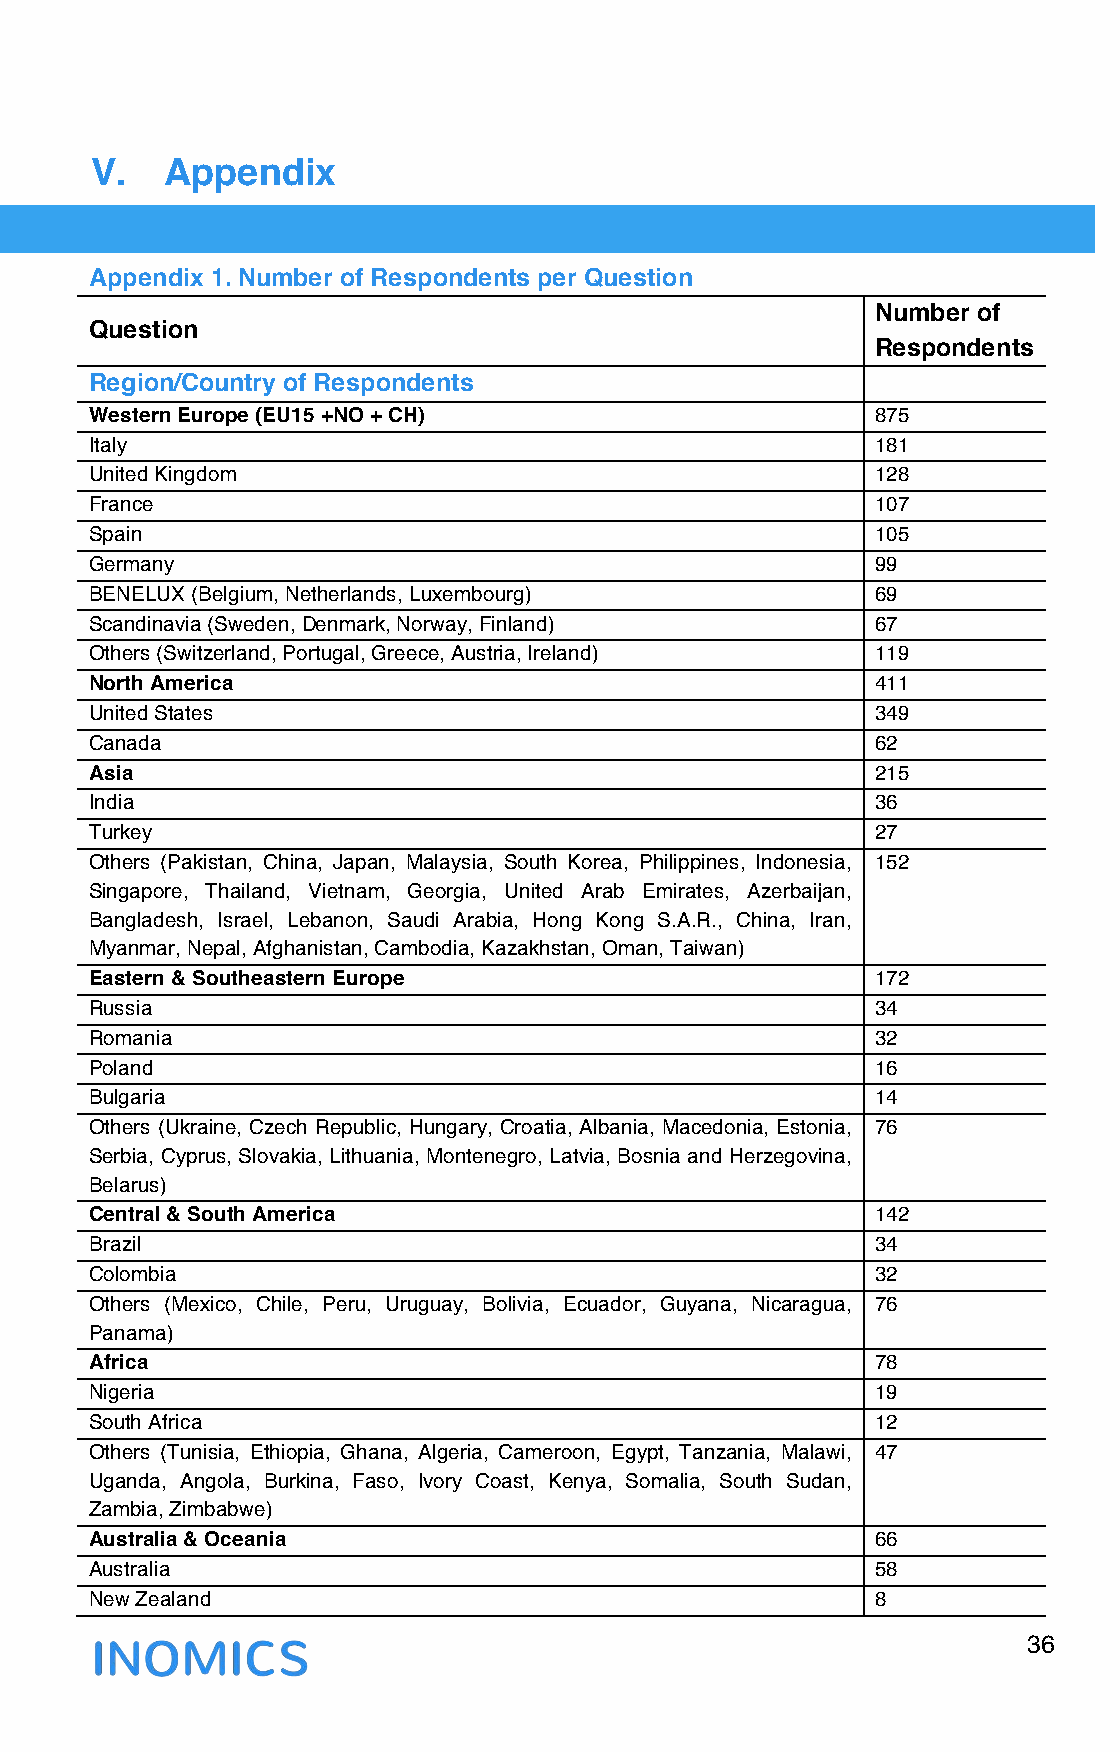
V.   Appendix
 Appendix 1. Number of Respondents per Question
 Number of
 Question
 Respondents
 Region/Country of Respondents
 Western Europe (EU15 +NO + CH)                      875
 Italy                                               181
 United Kingdom                                      128
 France                                              107
 Spain                                               105
 Germany                                             99
 BENELUX (Belgium, Netherlands, Luxembourg)          69
 Scandinavia (Sweden, Denmark, Norway, Finland)      67
 Others (Switzerland, Portugal, Greece, Austria, Ireland) 119
 North America                                       411
 United States                                       349
 Canada                                              62
 Asia                                                215
 India                                               36
 Turkey                                              27
 Others (Pakistan, China, Japan, Malaysia, South Korea, Philippines, Indonesia, 152
 Singapore, Thailand, Vietnam, Georgia, United Arab Emirates, Azerbaijan,
 Bangladesh, Israel, Lebanon, Saudi Arabia, Hong Kong S.A.R., China, Iran,
 Myanmar, Nepal, Afghanistan, Cambodia, Kazakhstan, Oman, Taiwan)
 Eastern & Southeastern Europe                       172
 Russia                                              34
 Romania                                             32
 Poland                                              16
 Bulgaria                                            14
 Others (Ukraine, Czech Republic, Hungary, Croatia, Albania, Macedonia, Estonia, 76
 Serbia, Cyprus, Slovakia, Lithuania, Montenegro, Latvia, Bosnia and Herzegovina,
 Belarus)
 Central & South America                             142
 Brazil                                              34
 Colombia                                            32
 Others (Mexico, Chile, Peru, Uruguay, Bolivia, Ecuador, Guyana, Nicaragua, 76
 Panama)
 Africa                                              78
 Nigeria                                             19
 South Africa                                        12
 Others (Tunisia, Ethiopia, Ghana, Algeria, Cameroon, Egypt, Tanzania, Malawi, 47
 Uganda, Angola, Burkina, Faso, Ivory Coast, Kenya, Somalia, South Sudan,
 Zambia, Zimbabwe)
 Australia & Oceania                                 66
 Australia                                           58
 New Zealand                                         8
 36
 !